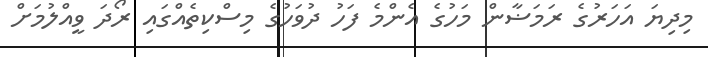
މިދިޔަ އަހަރުގެ ރަމަޟާން މަހުގެ އެންމެ ފަހު ދުވަހުގެ މިސްކިތެއްގައި ރޯދަ ވީއްލުމަށް